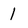
Character: 1